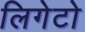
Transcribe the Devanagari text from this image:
लिगेटो